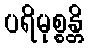
ပရိမုစ္စန္တိ